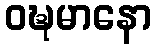
ဝဍ္ဎမာနော